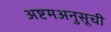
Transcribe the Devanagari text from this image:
अष्टमअनुसूची